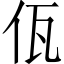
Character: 佤